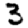
Digit: 3